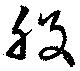
股